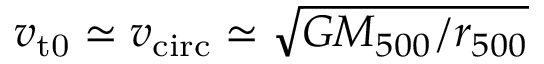
v _ { \mathrm { t 0 } } \simeq v _ { \mathrm { c i r c } } \simeq \sqrt { G M _ { 5 0 0 } / r _ { 5 0 0 } }